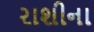
રાશીના